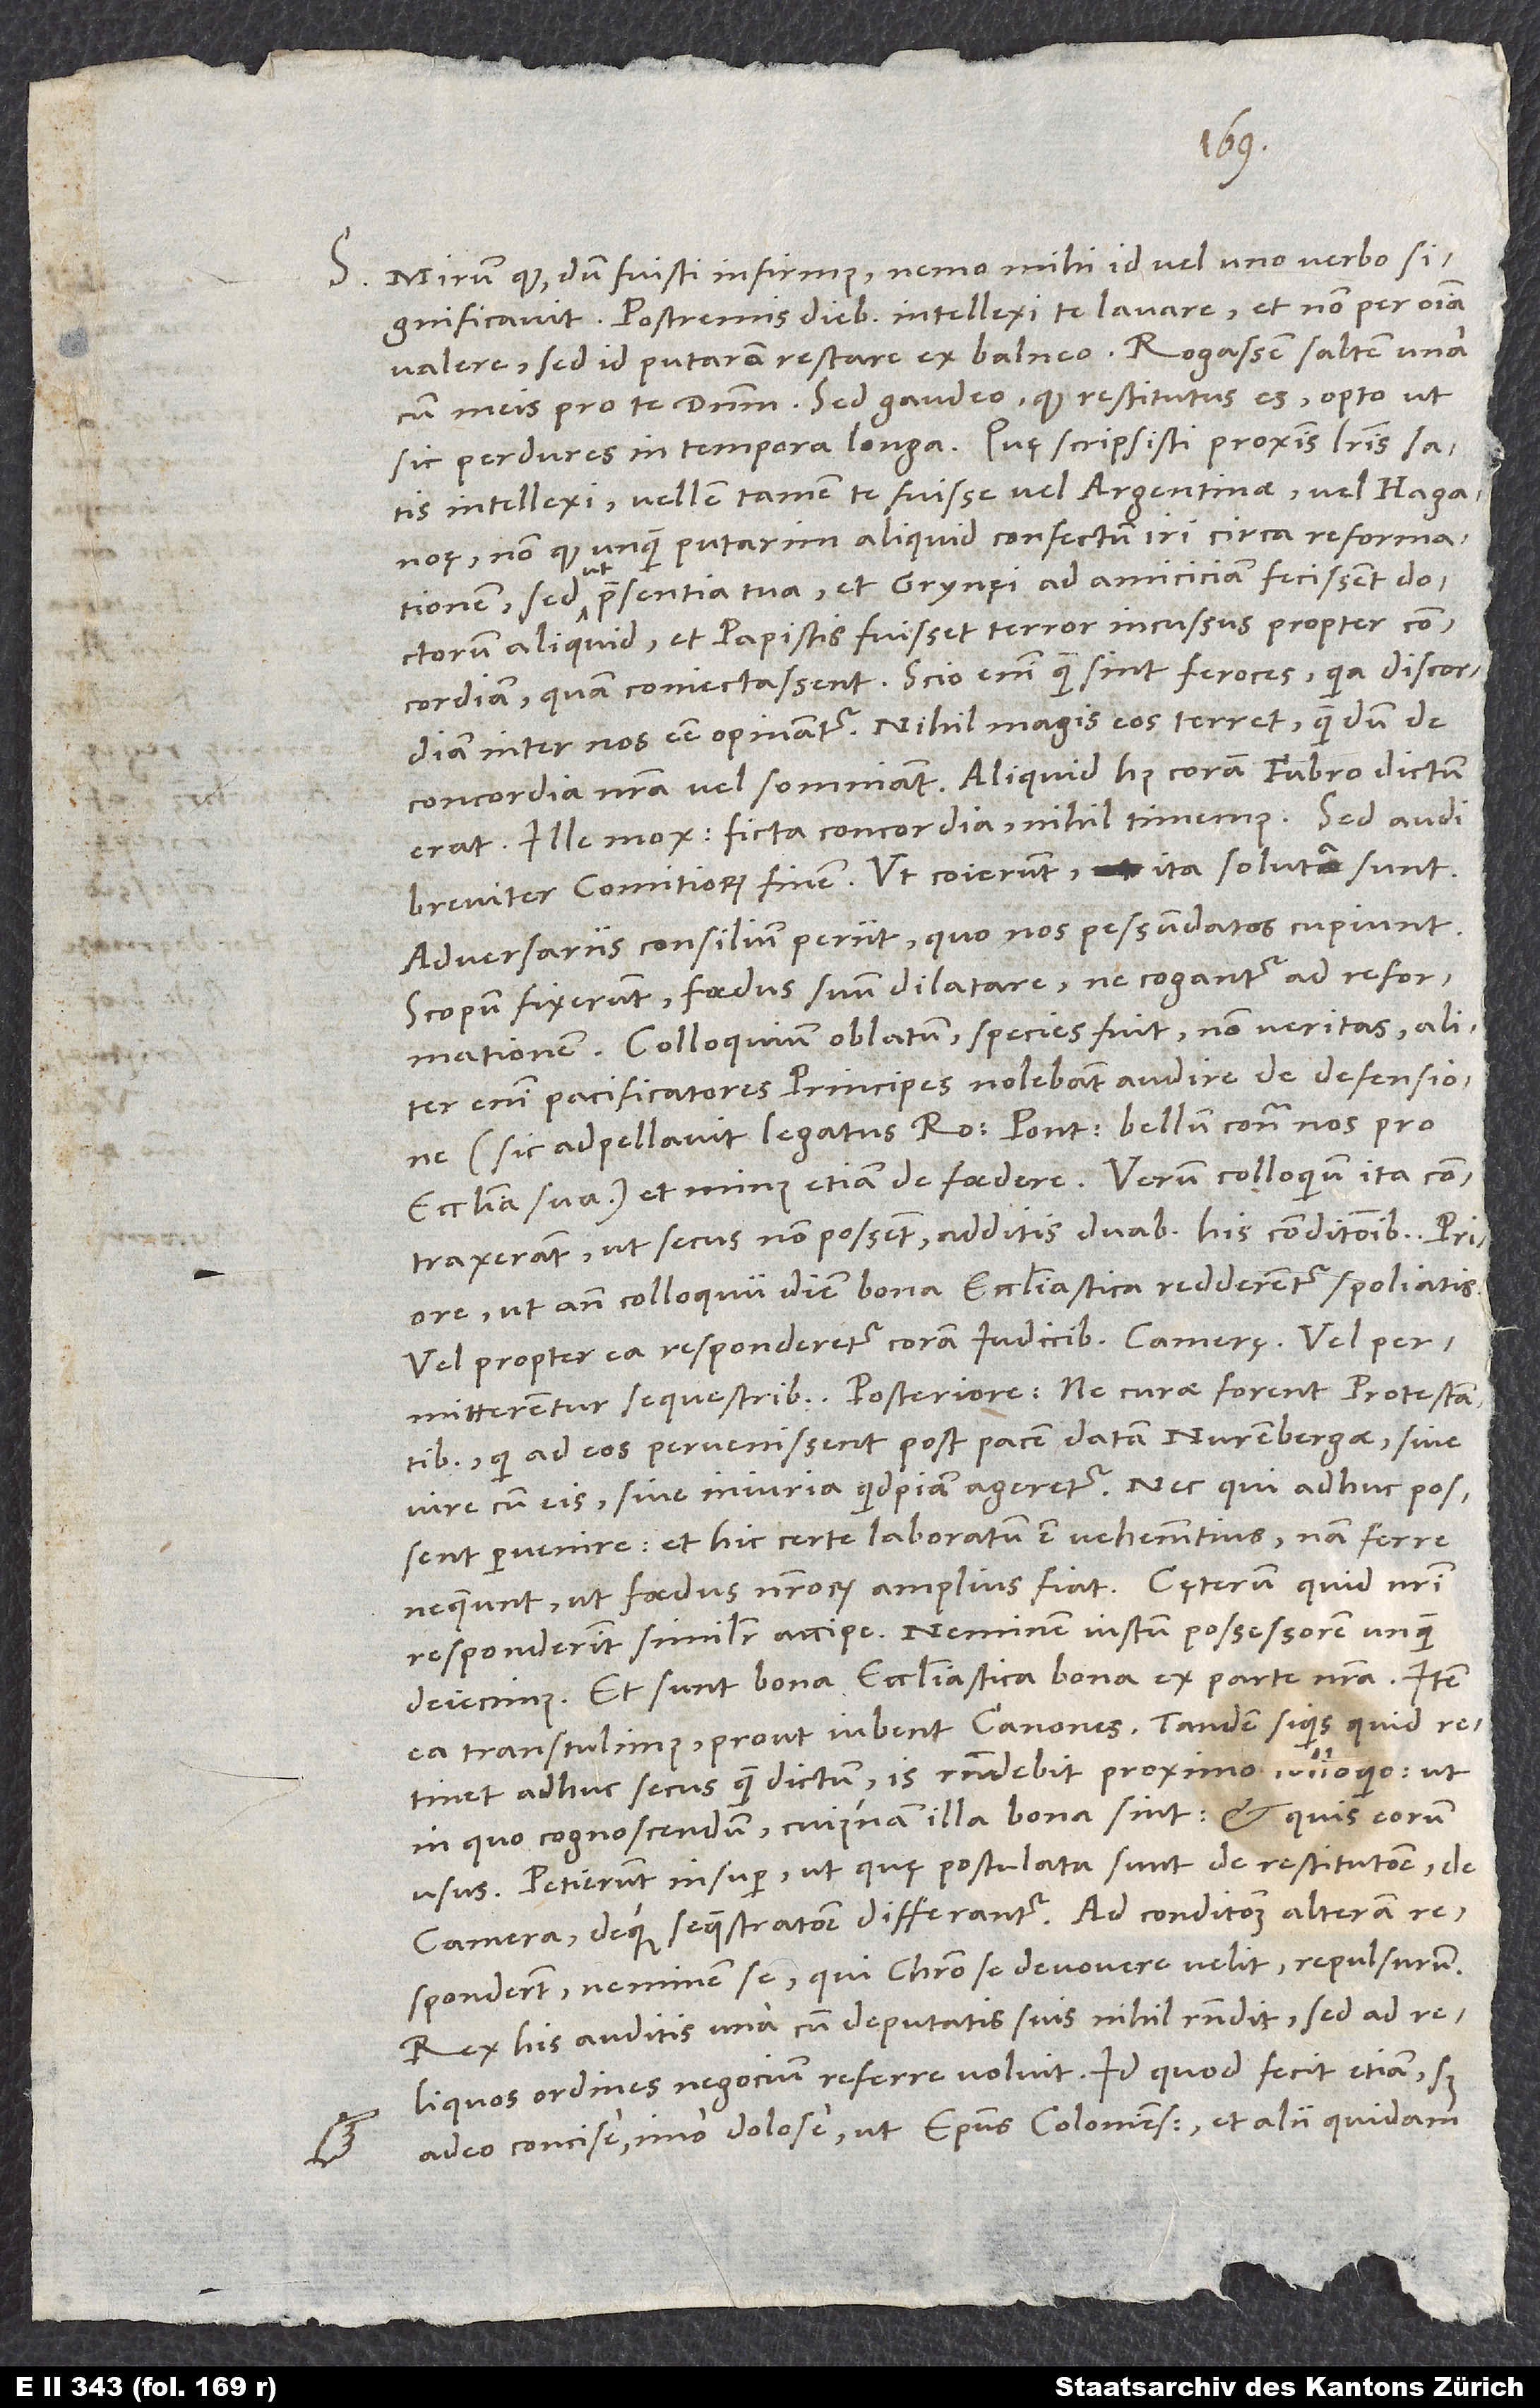
S. Mirum quod, dum fuisti infirmus, nemo mihi id vel uno verbo
significavit. Postremis diebus intellexi te lavare et non per omnia
valere; sed id putaram restare ex balneo. Rogassem saltem una
sic perdures in tempora longa. Quę scripsisti proximis literis, satis
intellexi; vellem tamen te fuisse vel Argentinae vel Haganoę,
non quod unquam putarim aliquid confectum iri circa reformationem,
sed ut praesentia tua et Grynęi ad amiciciam fecissent doctorum
aliquid et papistis fuisset terror incussus propter concordiam,
quam coniectassent. Scio enim, quam sint feroces, quia discordiam
inter nos esse opinantur. Nihil magis eos terret, quam dum de
concordia nostra vel somniant. Aliquid huius coram Fabro dictum
erat. Ille mox: „Ficta concordia; nihil timemus.“
breviter comitiorum finem. Ut coierunt, ita soluta sunt.
Adversariis consilium periit, quo nos pessundatos cupiunt.
Scopum fixerunt foedus suum dilatare, ne cogantur ad reformationem.
Colloquium oblatum species fuit, non veritas; aliter
enim pacificatores principes nolebant audire de defensione
(sic adpellavit legatus Romani pontificis bellum contra nos pro
ecclesia sua) et minus etiam de foedere. Verum colloquium ita
contraxerant, ut secus non possent, additis duabus his conditionibus: Priore,
ut ante colloquii diem bona ecclesiastica redderentur spoliatis
vel propter ea responderetur coram iudicibus camerę vel
permitterentur sequestribus; posteriore, ne curae forent protestantibus,
qui ad eos pervenissent post pacem datam Nurenbergae, sive
iure cum eis sive iniuria quidpiam ageretur, nec qui adhuc possent
pervenire. Et hic certe laboratum est vehementius; nam ferre
responderint, similiter accipe: „Neminem iustum possessorem unquam
deiecimus, et sunt bona ecclesiastica bona ex parte nostra. Item
ea transtulimus, prout iubent canones. Tandem, si quis quid retinet
adhuc secus quam dictum, is respondebit proximo colloquio, ut
in quo cognoscendum, cuiusnam illa bona sint et quis eorum
usus.“ Petierunt insuper, ut, quę postulata sunt de restitutione, de
camera deque sequestratione, differantur. Ad conditionem alteram
responderunt neminem se, qui Christo se devovere velit, repulsurum.
Rex his auditis una cum deputatis suis nihil respondit, sed ad
reliquos ordines negocium referre voluit. Id quod fecit etiam, sed
adeo concise, imo dolose, ut episcopus Coloniensis et alii quidam